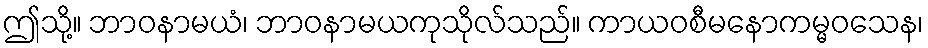
ဤသို့။ ဘာဝနာမယံ၊ ဘာဝနာမယကုသိုလ်သည်။ ကာယဝစီမနောကမ္မဝသေန၊